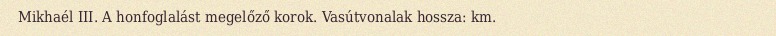
Mikhaél III. A honfoglalást megelőző korok. Vasútvonalak hossza:  km.